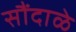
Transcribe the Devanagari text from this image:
सौंदाळे